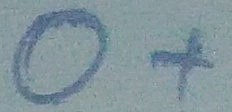
Text: O+